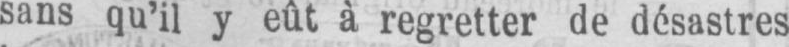
sans qu’il y eût à regretter de désastres